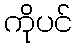
ကိုပင်